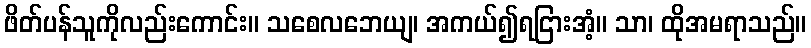
ဖိတ်ပန်သူကိုလည်းကောင်း။ သစေလဘေယျ၊ အကယ်၍ရငြားအံ့။ သာ၊ ထိုအမရာသည်။